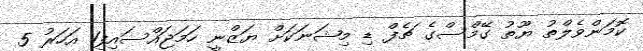
ކޮމަންވެލްތު ޔޫތު ގޭމްސްގެ ޗެފް ޑި މިޝަނަކަށް ޔަޒްނީ ހަމަޖައްސައިފި1 އަހަރު 5